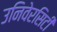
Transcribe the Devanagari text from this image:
उनिवेरसिटी